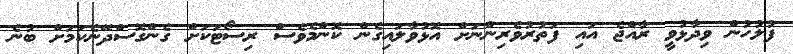
ފުލުހުން ވިދާޅުވީ ރާއްޖެ އައި ފަތުރުވެރިންނަށް އޮޅުވާލައިގެން ކޮންމެވެސް ރިސޯޓަކަށް ގެންގޮސްދޭނެކަމަށް ބުނެ